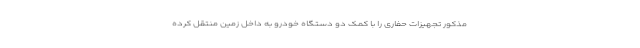
مذکور تجهیزات حفاری را با کمک دو دستگاه خودرو به داخل زمین منتقل کرده‌